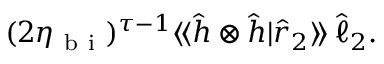
( 2 \eta _ { \mathrm { ~ b ~ i ~ } } ) ^ { \tau - 1 } \langle \! \langle \hat { h } \otimes \hat { h } | \hat { r } _ { 2 } \rangle \! \rangle \, \hat { \ell } _ { 2 } .